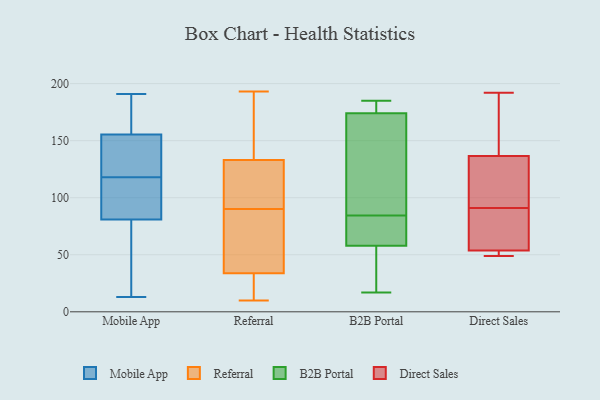
{"axis": {"x": "Population (Million)", "y": "Value"}, "legend": ["B2B Portal", "Direct Sales", "Mobile App", "Referral"], "data": [{"x": "", "y": 101, "type": "Mobile App"}, {"x": "", "y": 15, "type": "Mobile App"}, {"x": "", "y": 191, "type": "Mobile App"}, {"x": "", "y": 13, "type": "Mobile App"}, {"x": "", "y": 153, "type": "Mobile App"}, {"x": "", "y": 118, "type": "Mobile App"}, {"x": "", "y": 27, "type": "Mobile App"}, {"x": "", "y": 163, "type": "Mobile App"}, {"x": "", "y": 169, "type": "Mobile App"}, {"x": "", "y": 126, "type": "Mobile App"}, {"x": "", "y": 117, "type": "Mobile App"}, {"x": "", "y": 129, "type": "Mobile App"}, {"x": "", "y": 99, "type": "Mobile App"}, {"x": "", "y": 10, "type": "Referral"}, {"x": "", "y": 72, "type": "Referral"}, {"x": "", "y": 133, "type": "Referral"}, {"x": "", "y": 36, "type": "Referral"}, {"x": "", "y": 30, "type": "Referral"}, {"x": "", "y": 10, "type": "Referral"}, {"x": "", "y": 132, "type": "Referral"}, {"x": "", "y": 16, "type": "Referral"}, {"x": "", "y": 33, "type": "Referral"}, {"x": "", "y": 43, "type": "Referral"}, {"x": "", "y": 187, "type": "Referral"}, {"x": "", "y": 133, "type": "Referral"}, {"x": "", "y": 112, "type": "Referral"}, {"x": "", "y": 189, "type": "Referral"}, {"x": "", "y": 90, "type": "Referral"}, {"x": "", "y": 109, "type": "Referral"}, {"x": "", "y": 193, "type": "Referral"}, {"x": "", "y": 38, "type": "Referral"}, {"x": "", "y": 164, "type": "Referral"}, {"x": "", "y": 156, "type": "B2B Portal"}, {"x": "", "y": 17, "type": "B2B Portal"}, {"x": "", "y": 42, "type": "B2B Portal"}, {"x": "", "y": 174, "type": "B2B Portal"}, {"x": "", "y": 56, "type": "B2B Portal"}, {"x": "", "y": 185, "type": "B2B Portal"}, {"x": "", "y": 74, "type": "B2B Portal"}, {"x": "", "y": 86, "type": "B2B Portal"}, {"x": "", "y": 91, "type": "B2B Portal"}, {"x": "", "y": 42, "type": "B2B Portal"}, {"x": "", "y": 182, "type": "B2B Portal"}, {"x": "", "y": 161, "type": "B2B Portal"}, {"x": "", "y": 83, "type": "B2B Portal"}, {"x": "", "y": 177, "type": "B2B Portal"}, {"x": "", "y": 80, "type": "B2B Portal"}, {"x": "", "y": 67, "type": "B2B Portal"}, {"x": "", "y": 177, "type": "B2B Portal"}, {"x": "", "y": 58, "type": "B2B Portal"}, {"x": "", "y": 50, "type": "Direct Sales"}, {"x": "", "y": 104, "type": "Direct Sales"}, {"x": "", "y": 90, "type": "Direct Sales"}, {"x": "", "y": 91, "type": "Direct Sales"}, {"x": "", "y": 53, "type": "Direct Sales"}, {"x": "", "y": 117, "type": "Direct Sales"}, {"x": "", "y": 49, "type": "Direct Sales"}, {"x": "", "y": 143, "type": "Direct Sales"}, {"x": "", "y": 192, "type": "Direct Sales"}, {"x": "", "y": 148, "type": "Direct Sales"}, {"x": "", "y": 56, "type": "Direct Sales"}]}